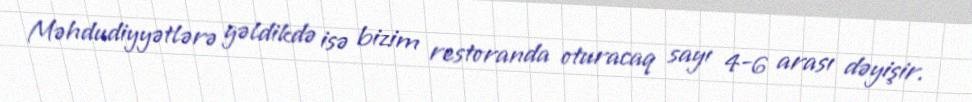
Məhdudiyyətlərə gəldikdə isə bizim restoranda oturacaq sayı 4-6 arası dəyişir.